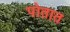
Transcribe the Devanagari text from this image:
पोतात